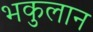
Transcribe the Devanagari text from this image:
भकुलान